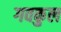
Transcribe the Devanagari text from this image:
गवकुल